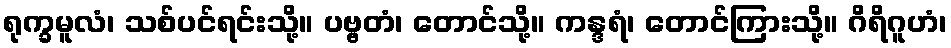
ရုက္ခမူလံ၊ သစ်ပင်ရင်းသို့။ ပဗ္ဗတံ၊ တောင်သို့။ ကန္ဒရံ၊ တောင်ကြားသို့။ ဂိရိဂူဟံ၊